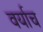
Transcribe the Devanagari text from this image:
वर्याच